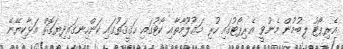
އެރިޕޯޓު ލިބުމުން މެނުވީ އެރިޕޯޓުގައި ހުރި މަޢުލޫމާތާއި ކޯޓުގައި ޙަޤީޤަތުގައި ކަންހިނގައިދިޔަގޮތް އަޅާކިޔޭނޭ